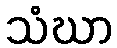
သံဃာ